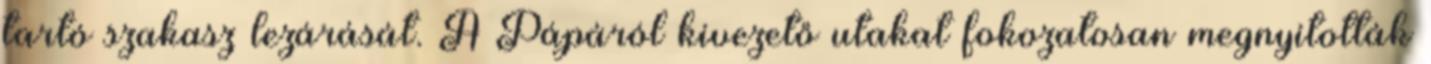
tartó szakasz lezárását. A Pápáról kivezető utakat fokozatosan megnyitották